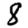
Digit: 8